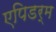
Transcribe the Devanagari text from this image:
एपिडर्म